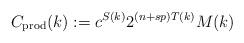
LaTeX: \begin{align*}C_{\textrm{prod}}(k):=c^{S(k)}2^{(n+sp)T(k)}M(k)\end{align*}